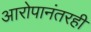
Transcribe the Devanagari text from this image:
आरोपानंतरही